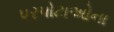
પરપોટાઓના